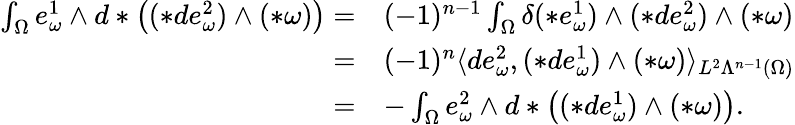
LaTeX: \begin{array}{rl}{\int_{\Omega}e_{\omega}^{1}\wedge d\ast\big((\ast de_{\omega}^{2})\wedge(\ast\omega)\big)=}&{(-1)^{n-1}\int_{\Omega}\delta(\ast e_{\omega}^{1})\wedge(\ast de_{\omega}^{2})\wedge(\ast\omega)}\\ {=}&{(-1)^{n}\langle de_{\omega}^{2},(\ast de_{\omega}^{1})\wedge(\ast\omega)\rangle_{L^{2}\Lambda^{n-1}(\Omega)}}\\ {=}&{-\int_{\Omega}e_{\omega}^{2}\wedge d\ast\big((\ast de_{\omega}^{1})\wedge(\ast\omega)\big).}\end{array}